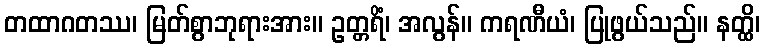
တထာဂတဿ၊ မြတ်စွာဘုရားအား။ ဥတ္တရိံ၊ အလွန်။ ကရဏီယံ၊ ပြုဖွယ်သည်။ နတ္ထိ၊